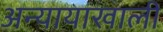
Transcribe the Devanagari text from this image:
अन्यायाखाली